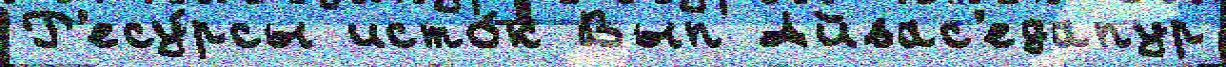
Р'есу́рсы исто́к Вып Айвас'едапур